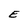
Character: E